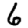
Digit: 6